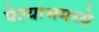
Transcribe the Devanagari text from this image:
पेश्याभमध्ये